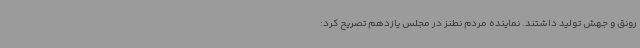
رونق و جهش تولید داشتند. نماینده مردم نطنز در مجلس یازدهم تصریح کرد: